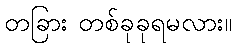
တခြား တစ်ခုခုရမလား။